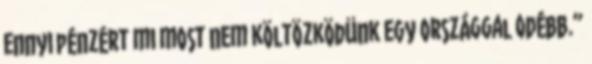
ennyi pénzért mi most nem költözködünk egy országgal odébb.”